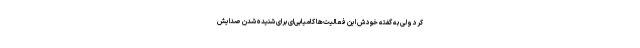
کرد ولی به گفته خودش این فعالیت‌ها کامیابی‌ای برای شنیده شدن صدایش